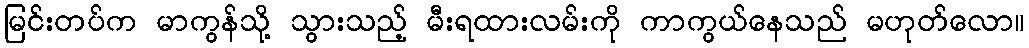
မြင်းတပ်က မာကွန်သို့ သွားသည့် မီးရထားလမ်းကို ကာကွယ်နေသည် မဟုတ်လော။